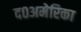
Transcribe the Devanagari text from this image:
द०अमेरिका